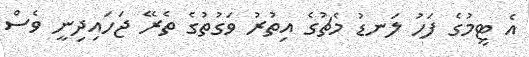
އެ ޓީމުގެ ފަހު ލަނޑު މެޗުގެ އިތުރު ވަގުތުގެ ތެރޭ ޖަހައިދިނީ ވެސް